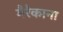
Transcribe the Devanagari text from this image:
मैरैकाना